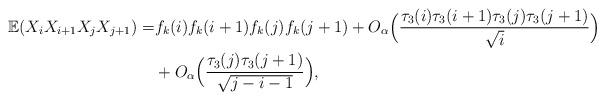
LaTeX: \begin{align*}\mathbb{E}(X_iX_{i+1}X_jX_{j+1})=&f_k(i)f_k(i+1)f_k(j)f_k(j+1)+O_{\alpha}\Big(\frac{\tau_3(i)\tau_3(i+1)\tau_3(j)\tau_3(j+1)}{\sqrt{i}}\Big)\\&+O_{\alpha}\Big(\frac{\tau_3(j)\tau_3(j+1)}{\sqrt{j-i-1}}\Big),\end{align*}